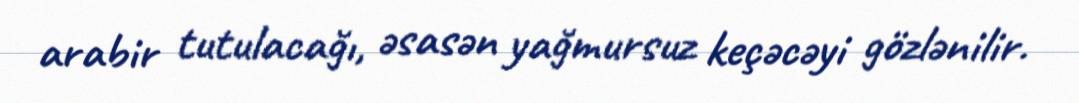
arabir tutulacağı, əsasən yağmursuz keçəcəyi gözlənilir.